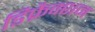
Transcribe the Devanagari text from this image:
डिफ्रैक्शन